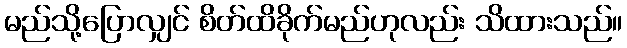
မည်သို့ပြောလျှင် စိတ်ထိခိုက်မည်ဟုလည်း သိထားသည်။